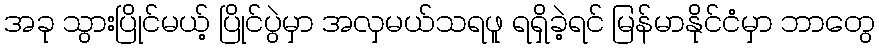
အခု သွားပြိုင်မယ့် ပြိုင်ပွဲမှာ အလှမယ်သရဖူ ရရှိခဲ့ရင် မြန်မာနိုင်ငံမှာ ဘာတွေ